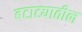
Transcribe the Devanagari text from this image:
बटाट्यातील